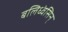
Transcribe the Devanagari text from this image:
बलिध्वंसिन्